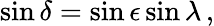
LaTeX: \sin\delta=\sin\epsilon\sin\lambda\, ,